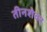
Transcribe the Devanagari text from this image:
तीनशेवर